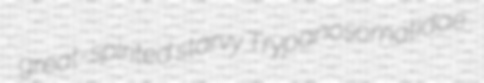
great-spirited starvy Trypanosomatidae